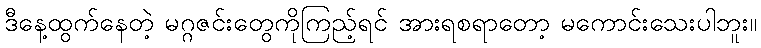
ဒီနေ့ထွက်နေတဲ့ မဂ္ဂဇင်းတွေကိုကြည့်ရင် အားရစရာတော့ မကောင်းသေးပါဘူး။